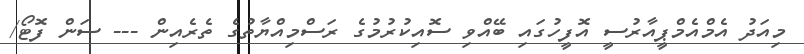
މިއަދު އެމްއެމްޕީއާރުސީ އޮފީހުގައި ބޭއްވި ސޮއިކުރުމުގެ ރަސްމިއްޔާތުގެ ތެރެއިން --- ސަން ފޮޓޯ/